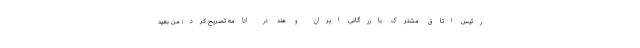
رئیس اتاق مشترک بازرگانی ایران و هند در ادامه تصریح کرد: من بعید